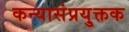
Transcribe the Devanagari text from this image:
कन्यासंप्रयु्क्तक